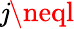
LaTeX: \mathit{j}\neql